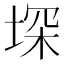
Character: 堔